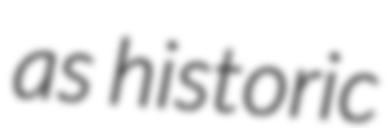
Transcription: as historic